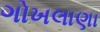
ગોખલાણા